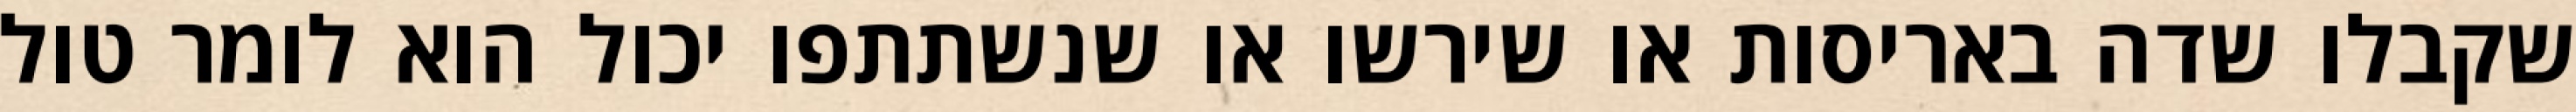
שקבלו שדה באריסות או שירשו או שנשתתפו יכול הוא לומר טול